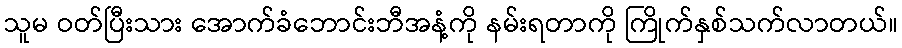
သူမ ဝတ်ပြီးသား အောက်ခံဘောင်းဘီအနံ့ကို နမ်းရတာကို ကြိုက်နှစ်သက်လာတယ်။